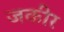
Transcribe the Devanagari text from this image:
जकीर